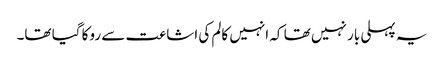
یہ پہلی بار نہیں تھا کہ انہیں کالم کی اشاعت سے روکا گیا تھا۔